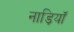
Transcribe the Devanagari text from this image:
नाड़ियॉं